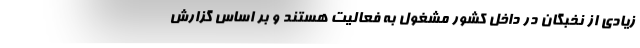
زیادی از نخبگان در داخل کشور مشغول به فعالیت هستند و بر اساس گزارش